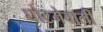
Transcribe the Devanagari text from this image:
घोटनेवाली